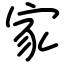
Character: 家